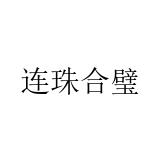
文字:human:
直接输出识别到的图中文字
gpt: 连珠合璧